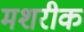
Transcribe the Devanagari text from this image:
मशरीक